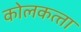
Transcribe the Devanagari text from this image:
कोलकत्‍ता